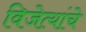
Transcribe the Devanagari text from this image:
विजेत्यांचे